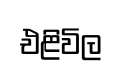
එළිවිල